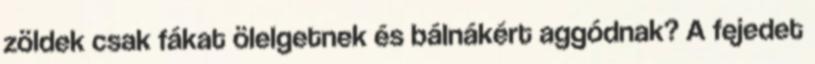
zöldek csak fákat ölelgetnek és bálnákért aggódnak? A fejedet